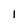
Character: I